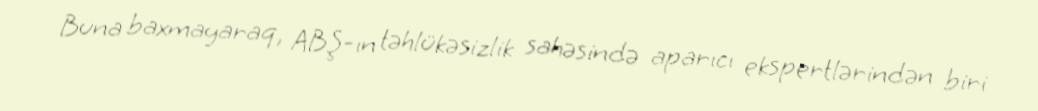
Buna baxmayaraq, ABŞ-ın təhlükəsizlik sahəsində aparıcı ekspertlərindən biri